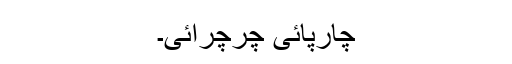
چارپائی چرچرائی۔